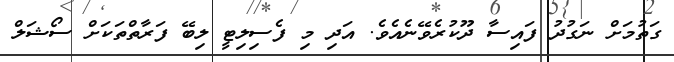
ގަތުމަށް ނަގުދު ފައިސާ ދޫކުރެވޭނެއެވެ. އަދި މި ފެސިލިޓީ ލިބޭ ފަރާތްތަކަށް ސޯޝަލް